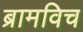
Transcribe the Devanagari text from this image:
ब्रामविच